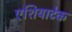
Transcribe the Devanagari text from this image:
एशियाटेक